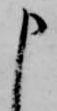
申